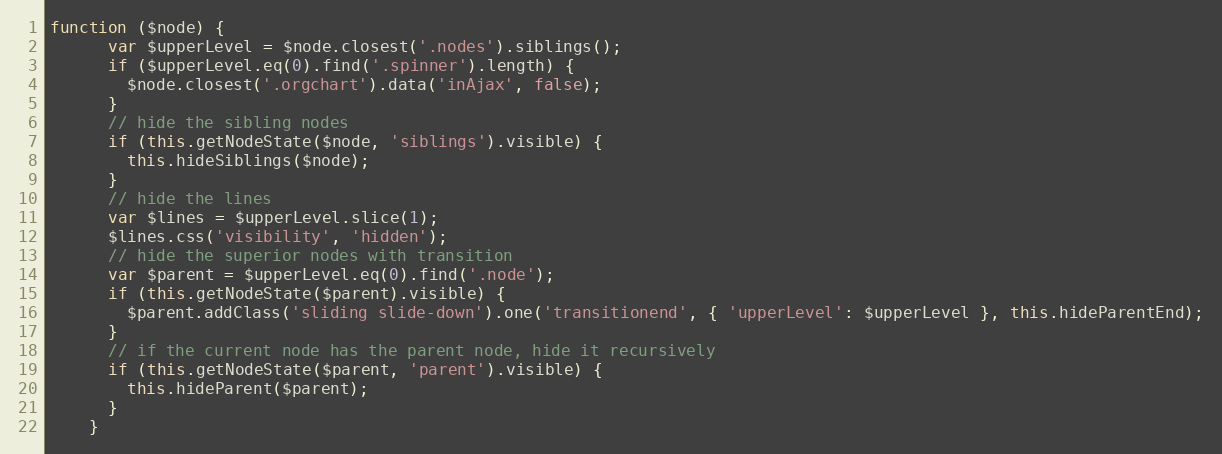
Language: JavaScript
function ($node) {
      var $upperLevel = $node.closest('.nodes').siblings();
      if ($upperLevel.eq(0).find('.spinner').length) {
        $node.closest('.orgchart').data('inAjax', false);
      }
      // hide the sibling nodes
      if (this.getNodeState($node, 'siblings').visible) {
        this.hideSiblings($node);
      }
      // hide the lines
      var $lines = $upperLevel.slice(1);
      $lines.css('visibility', 'hidden');
      // hide the superior nodes with transition
      var $parent = $upperLevel.eq(0).find('.node');
      if (this.getNodeState($parent).visible) {
        $parent.addClass('sliding slide-down').one('transitionend', { 'upperLevel': $upperLevel }, this.hideParentEnd);
      }
      // if the current node has the parent node, hide it recursively
      if (this.getNodeState($parent, 'parent').visible) {
        this.hideParent($parent);
      }
    }